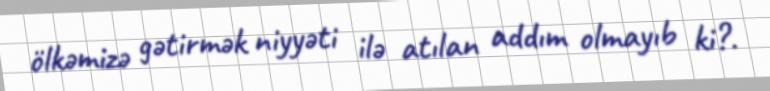
ölkəmizə gətirmək niyyəti ilə atılan addım olmayıb ki?.